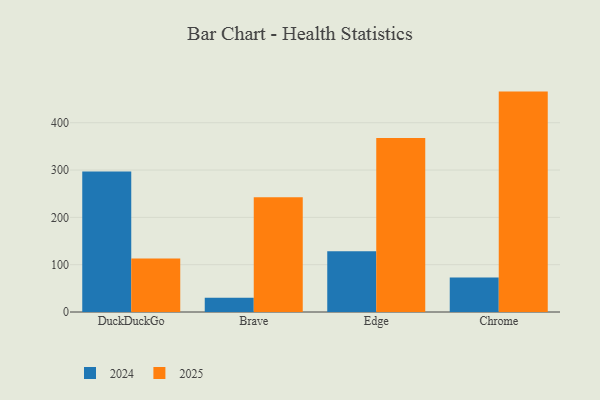
{"axis": {"x": "Browser", "y": "Energy Usage (MWh)"}, "legend": ["2024", "2025"], "data": [{"x": "DuckDuckGo", "y": 113.2, "type": "2025"}, {"x": "DuckDuckGo", "y": 297.0, "type": "2024"}, {"x": "Brave", "y": 242.7, "type": "2025"}, {"x": "Brave", "y": 30.2, "type": "2024"}, {"x": "Edge", "y": 368.0, "type": "2025"}, {"x": "Edge", "y": 128.3, "type": "2024"}, {"x": "Chrome", "y": 465.8, "type": "2025"}, {"x": "Chrome", "y": 72.9, "type": "2024"}]}